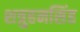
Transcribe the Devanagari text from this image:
शत्रुहनसिंह